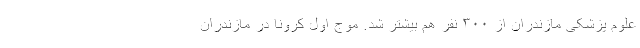
علوم پزشکی مازندران از ۳۰۰ نفر هم بیشتر شد. موج اول کرونا در مازندران